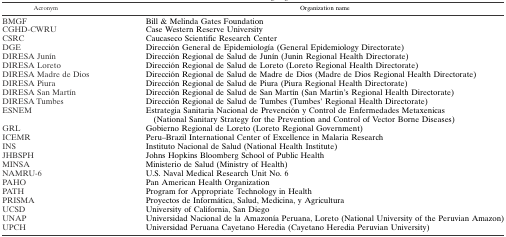
| Acronym | Organization name |
 | --- | --- |
 | BMGF | Bill & Melinda Gates Foundation |
 | CGHD-CWRU | Case Western Reserve University |
 | CSRC | Caucaseco Scientific Research Center |
 | DGE | Dirección General de Epidemiología (General Epidemiology Directorate) |
 | DIRESA Junín | Dirección Regional de Salud de Junín (Junin Regional Health Directorate) |
 | DIRESA Loreto | Dirección Regional de Salud de Loreto (Loreto Regional Health Directorate) |
 | DIRESA Madre de Dios | Dirección Regional de Salud de Madre de Dios (Madre de Dios Regional Health Directorate) |
 | DIRESA Piura | Dirección Regional de Salud de Piura (Piura Regional Health Directorate) |
 | DIRESA San Martín | Dirección Regional de Salud de San Martín (San Martin's Regional Health Directorate) |
 | DIRESA Tumbes | Dirección Regional de Salud de Tumbes (Tumbes' Regional Health Directorate) |
 | ESNEM | Estrategia Sanitaria Nacional de Prevención y Control de Enfermedades Metaxenicas (National Sanitary Strategy for the Prevention and Control of Vector Borne Diseases) |
 | GRL | Gobierno Regional de Loreto (Loreto Regional Government) |
 | ICEMR | Peru–Brazil International Center of Excellence in Malaria Research |
 | INS | Instituto Nacional de Salud (National Health Institute) |
 | JHBSPH | Johns Hopkins Bloomberg School of Public Health |
 | MINSA | Ministerio de Salud (Ministry of Health) |
 | NAMRU-6 | U.S. Naval Medical Research Unit No. 6 |
 | PAHO | Pan American Health Organization |
 | PATH | Program for Appropriate Technology in Health |
 | PRISMA | Proyectos de Informática, Salud, Medicina, y Agricultura |
 | UCSD | University of California, San Diego |
 | UNAP | Universidad Nacional de la Amazonía Peruana, Loreto (National University of the Peruvian Amazon) |
 | UPCH | Universidad Peruana Cayetano Heredia (Cayetano Heredia Peruvian University) |